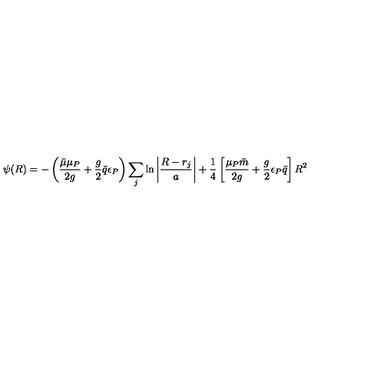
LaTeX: \psi ( R ) = - \left( \frac { \bar { \mu } \mu _ { P } } { 2 g } + \frac { g } { 2 } \bar { q } \epsilon _ { P } \right) \sum _ { j } \ln \left| \frac { R - r _ { j } } { a } \right| + \frac { 1 } { 4 } \left[ \frac { \mu _ { P } \bar { m } } { 2 g } + \frac { g } { 2 } \epsilon _ { P } \bar { q } \right] R ^ { 2 }